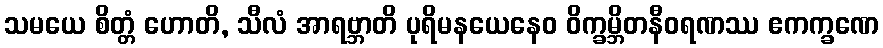
သမယေ စိတ္တံ ဟောတိ, သီလံ အာရဗ္ဘာတိ ပုရိမနယေနေဝ ဝိက္ခမ္ဘိတနီဝရဏဿ ဧကက္ခဏေ